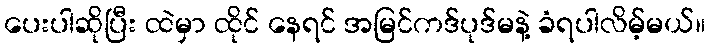
ပေးပါဆိုပြီး ထဲမှာ ထိုင် နေရင် အမြင်ကဒ်ပုဒ်မနဲ့ ခံရပါလိမ့်မယ်။